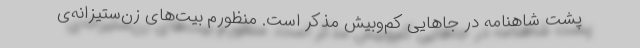
پشت شاهنامه در جاهایی کم‌وبیش مذکر است. منظورم بیت‌های زن‌ستیزانه‌ی